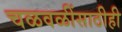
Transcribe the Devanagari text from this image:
चळवळींसाठीही